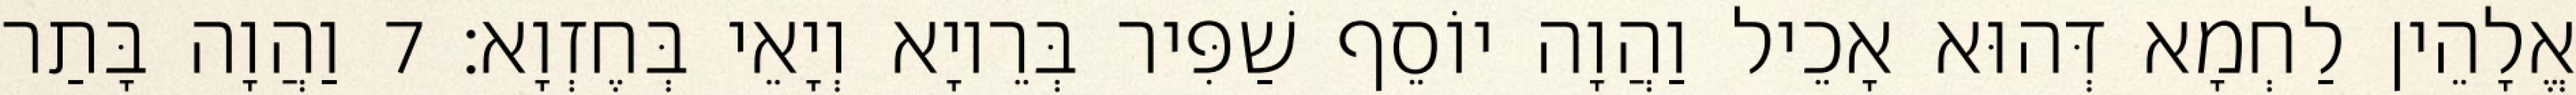
אֱלָהֵין לַחְמָא דְּהוּא אָכֵיל וַהֲוָה יוֹסֵף שַׁפִּיר בְּרֵיוָא וְיָאֵי בְּחֶזְוָא׃ 7 וַהֲוָה בָּתַר